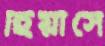
হিয়াঁসে